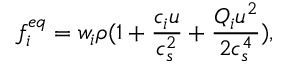
f _ { i } ^ { e q } = w _ { i } \rho ( 1 + \frac { c _ { i } u } { c _ { s } ^ { 2 } } + \frac { Q _ { i } u ^ { 2 } } { 2 c _ { s } ^ { 4 } } ) ,